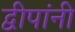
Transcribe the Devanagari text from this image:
द्वीपांनी